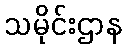
သမိုင်းဌာန